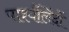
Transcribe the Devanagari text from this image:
पार्श्वलिंदों